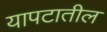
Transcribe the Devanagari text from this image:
यापटातील